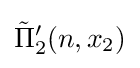
{{\tilde {\Pi }}_{2}}'(n,x_{2})